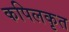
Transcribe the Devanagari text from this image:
कपिलकृत